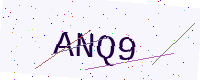
Text: ANQ9